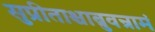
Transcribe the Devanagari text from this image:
सुप्रीताश्चाब्रुवन्रामं